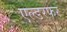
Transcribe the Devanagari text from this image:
एल्डरफर